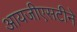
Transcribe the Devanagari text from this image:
आयजीएसटीने